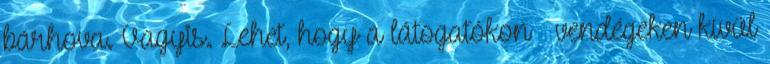
bárhova. Vagyis. Lehet, hogy a látogatókon vendégeken kívül